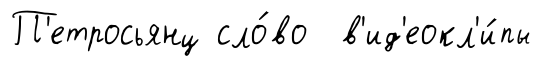
П'етросьянц сло́во в'ид'еокл'и́пы